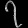
Digit: ၇